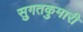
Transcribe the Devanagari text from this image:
सुगतकुमारी